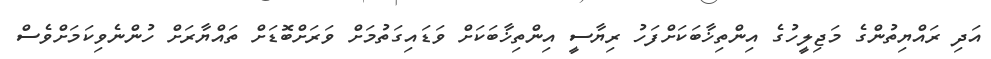
އަދި ރައްޔިތުންގެ މަޖިލީހުގެ އިންތިޚާބަކަށްފަހު ރިޔާސީ އިންތިޚާބަކަށް ވަޑައިގަތުމަށް ވަރަށްބޮޑަށް ތައްޔާރަށް ހުންނެވިކަމަށްވެސް